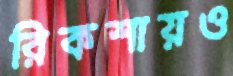
রিকশায়ও